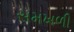
સમખળી